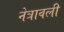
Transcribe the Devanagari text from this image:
नेत्रावली